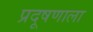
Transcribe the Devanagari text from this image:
प्रदूषणाला